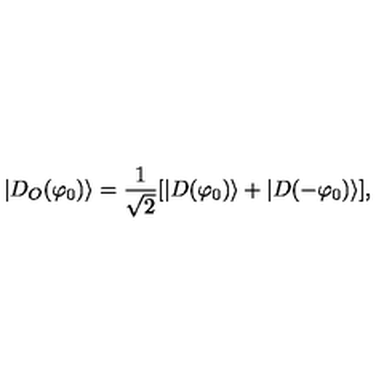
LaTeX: | D _ { O } ( \varphi _ { 0 } ) \rangle = \frac { 1 } { \sqrt { 2 } } [ | D ( \varphi _ { 0 } ) \rangle + | D ( - \varphi _ { 0 } ) \rangle ] ,